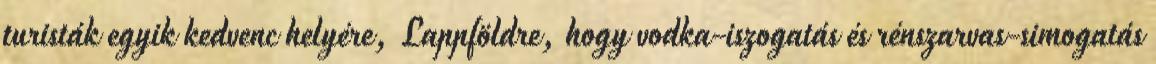
turisták egyik kedvenc helyére, Lappföldre, hogy vodka-iszogatás és rénszarvas-simogatás